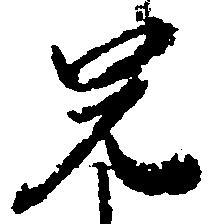
兄